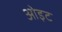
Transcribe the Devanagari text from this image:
ओइट